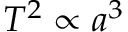
T ^ { 2 } \propto a ^ { 3 }